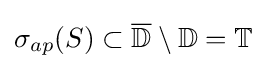
\sigma _{ap}(S)\subset {\overline {\mathbb {D} }}\setminus \mathbb {D} =\mathbb {T}